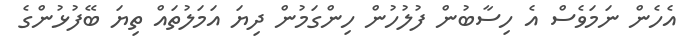
އެހެން ނަމަވެސް އެ ހިސާބުން ފުލުހުން ހިންގަމުން ދިޔަ އަމަލުތައް ތިޔަ ބޭފުޅުންގެ